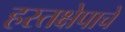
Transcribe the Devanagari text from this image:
हस्तक्षेपाचे